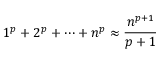
1 ^ { p } + 2 ^ { p } + \cdots + n ^ { p } \approx { \frac { n ^ { p + 1 } } { p + 1 } }